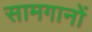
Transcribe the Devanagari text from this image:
सामगानों